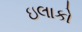
ઇલાકો